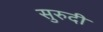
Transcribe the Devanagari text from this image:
सुरुदी